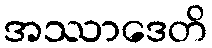
အဿာဒေတိ